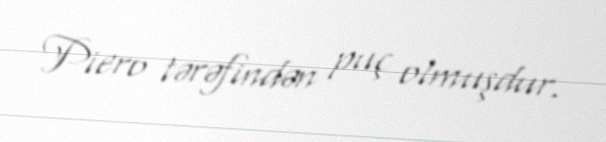
Piero tərəfindən puç olmuşdur.